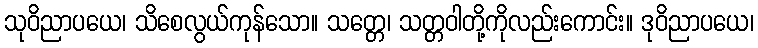
သုဝိညာပယေ၊ သိစေလွယ်ကုန်သော။ သတ္တေ၊ သတ္တဝါတို့ကိုလည်းကောင်း။ ဒုဝိညာပယေ၊